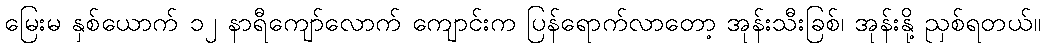
မြေးမ နှစ်ယောက် ၁၂ နာရီကျော်လောက် ကျောင်းက ပြန်ရောက်လာတော့ အုန်းသီးခြစ်၊ အုန်းနို့ ညှစ်ရတယ်။